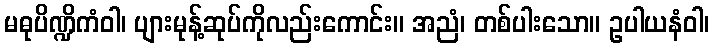
မဓုပိဏ္ဍိကံဝါ၊ ပျားမုန့်ဆုပ်ကိုလည်းကောင်း။ အညံ၊ တစ်ပါးသော။ ဥပါယနံဝါ၊